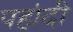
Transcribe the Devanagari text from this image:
पहांदी